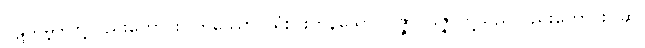
ပဋိသမ္ဘိဒါတို့လည်းကောင်း။ တိဿော၊ သုံးပါးကုန်သော။ ဝိဇ္ဇာ၊ ဝိဇ္ဇာတို့သည်လည်းကောင်း။ ဆ၊